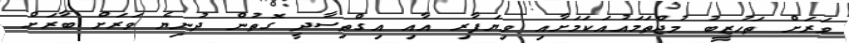
ވަރަށް ތަހުޒީބު މުޖްތަމައުއަކަމަށާއި ވިޔަފާރި އާއި އިގްތިސާދީ ގޮތުން ދުނިޔެ ވަރަށް ބާރަށް